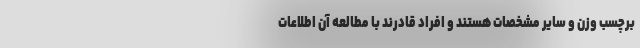
برچسب وزن و سایر مشخصات هستند و افراد قادرند با مطالعه آن اطلاعات